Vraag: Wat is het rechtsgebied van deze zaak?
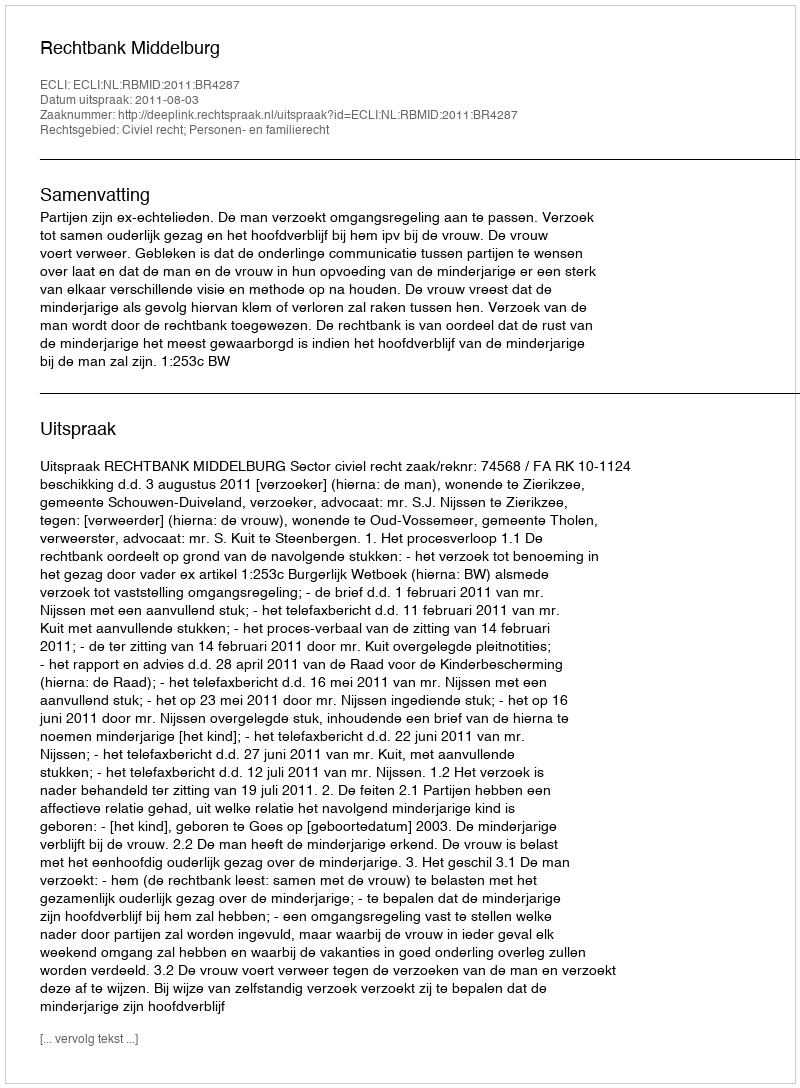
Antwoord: Civiel recht; Personen- en familierecht